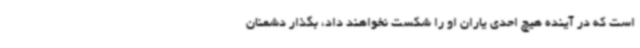
است که در آینده هیچ احدی یاران او را شکست نخواهند داد، بگذار دشمنان